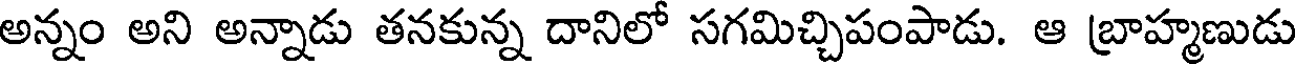
అన్నం అని అన్నాడు తనకున్న దానిలో సగమిచ్చిపంపాడు. ఆ బ్రాహ్మణుడు